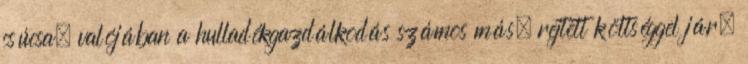
csúcsa, valójában a hulladékgazdálkodás számos más, rejtett költséggel jár.